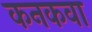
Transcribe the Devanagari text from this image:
कनकवा